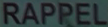
RAPPEL